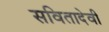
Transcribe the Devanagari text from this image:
सवितादेवी